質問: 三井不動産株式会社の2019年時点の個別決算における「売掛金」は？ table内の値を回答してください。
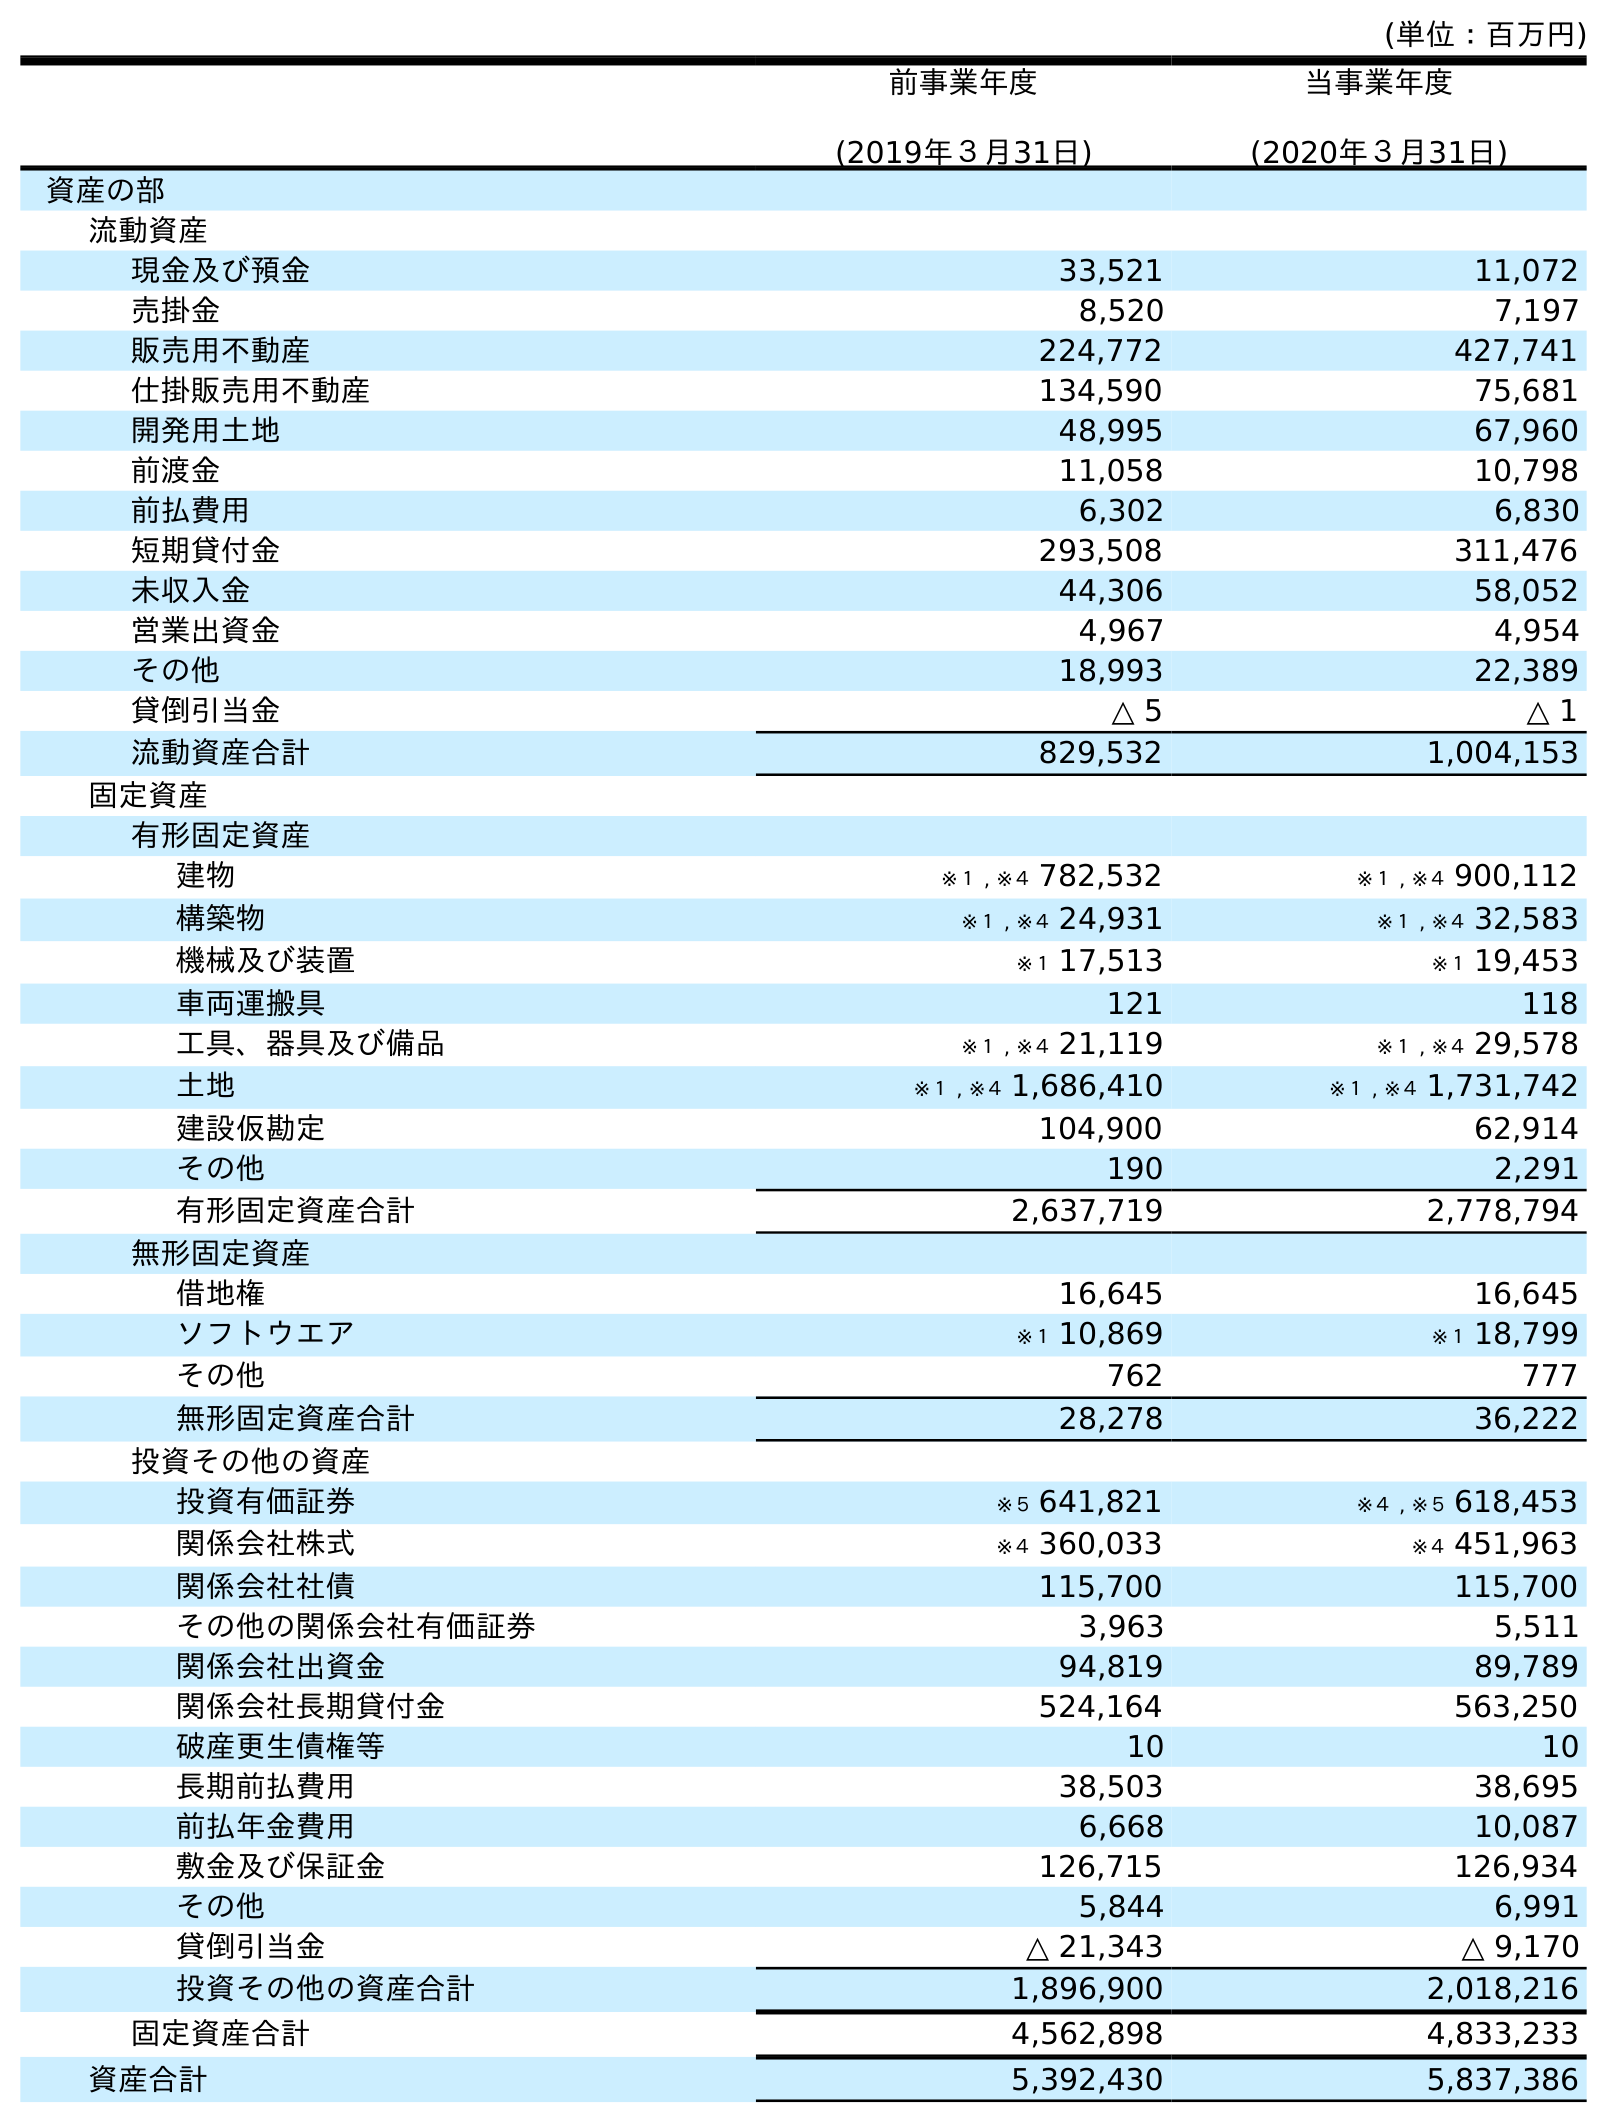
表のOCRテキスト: (単位：百万円) 前事業年度 (2019年３月31日) 当事業年度 (2020年３月31日) 資産の部 流動資産 現金及び預金 33,521 11,072 売掛金 8,520 7,197 販売用不動産 224,772 427,741 仕掛販売用不動産 134,590 75,681 開発用土地 48,995 67,960 前渡金 11,058 10,798 前払費用 6,302 6,830 短期貸付金 293,508 311,476 未収入金 44,306 58,052 営業出資金 4,967 4,954 その他 18,993 22,389 貸倒引当金 △ 5 △ 1 流動資産合計 829,532 1,004,153 固定資産 有形固定資産 建物 ※１ , ※４ 782,532 ※１ , ※４ 900,112 構築物 ※１ , ※４ 24,931 ※１ , ※４ 32,583 機械及び装置 ※１ 17,513 ※１ 19,453 車両運搬具 121 118 工具、器具及び備品 ※１ , ※４ 21,119 ※１ , ※４ 29,578 土地 ※１ , ※４ 1,686,410 ※１ , ※４ 1,731,742 建設仮勘定 104,900 62,914 その他 190 2,291 有形固定資産合計 2,637,719 2,778,794 無形固定資産 借地権 16,645 16,645 ソフトウエア ※１ 10,869 ※１ 18,799 その他 762 777 無形固定資産合計 28,278 36,222 投資その他の資産 投資有価証券 ※５ 641,821 ※４ , ※５ 618,453 関係会社株式 ※４ 360,033 ※４ 451,963 関係会社社債 115,700 115,700 その他の関係会社有価証券 3,963 5,511 関係会社出資金 94,819 89,789 関係会社長期貸付金 524,164 563,250 破産更生債権等 10 10 長期前払費用 38,503 38,695 前払年金費用 6,668 10,087 敷金及び保証金 126,715 126,934 その他 5,844 6,991 貸倒引当金 △ 21,343 △ 9,170 投資その他の資産合計 1,896,900 2,018,216 固定資産合計 4,562,898 4,833,233 資産合計 5,392,430 5,837,386
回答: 8,520